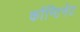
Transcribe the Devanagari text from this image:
काॅन्टिनेट